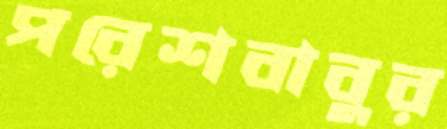
পরেশবাবুর